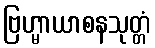
ဗြဟ္မာယာစနသုတ္တံ